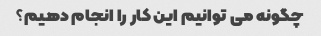
چگونه می توانیم این کار را انجام دهیم؟